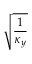
\sqrt { \frac { 1 } { \kappa _ { y } } }